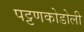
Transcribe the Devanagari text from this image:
पट्टणकोडोली